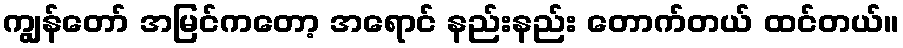
ကျွန်တော် အမြင်ကတော့ အရောင် နည်းနည်း တောက်တယ် ထင်တယ်။